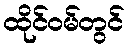
ထိုင်ဝမ်တွင်